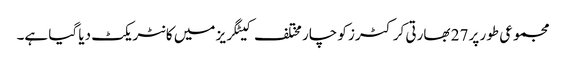
مجموعی طور پر 27 بھارتی کرکٹرز کو چار مختلف کیٹگریز میں کانٹریکٹ دیا گیا ہے۔